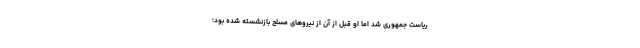
ریاست جمهوری شد اما او قبل از آن از نیروهای مسلح بازنشسته شده بود؛